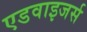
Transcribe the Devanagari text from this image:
एडवाइजर्स